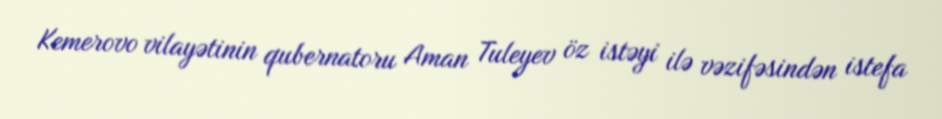
Kemerovo vilayətinin qubernatoru Aman Tuleyev öz istəyi ilə vəzifəsindən istefa